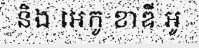
និង អេកូ ខាឌី អូ